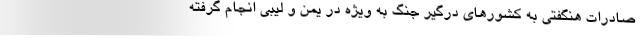
صادرات هنگفتی به کشورهای درگیر جنگ به ویژه در یمن و لیبی انجام گرفته